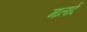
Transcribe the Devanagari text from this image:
मालार्द